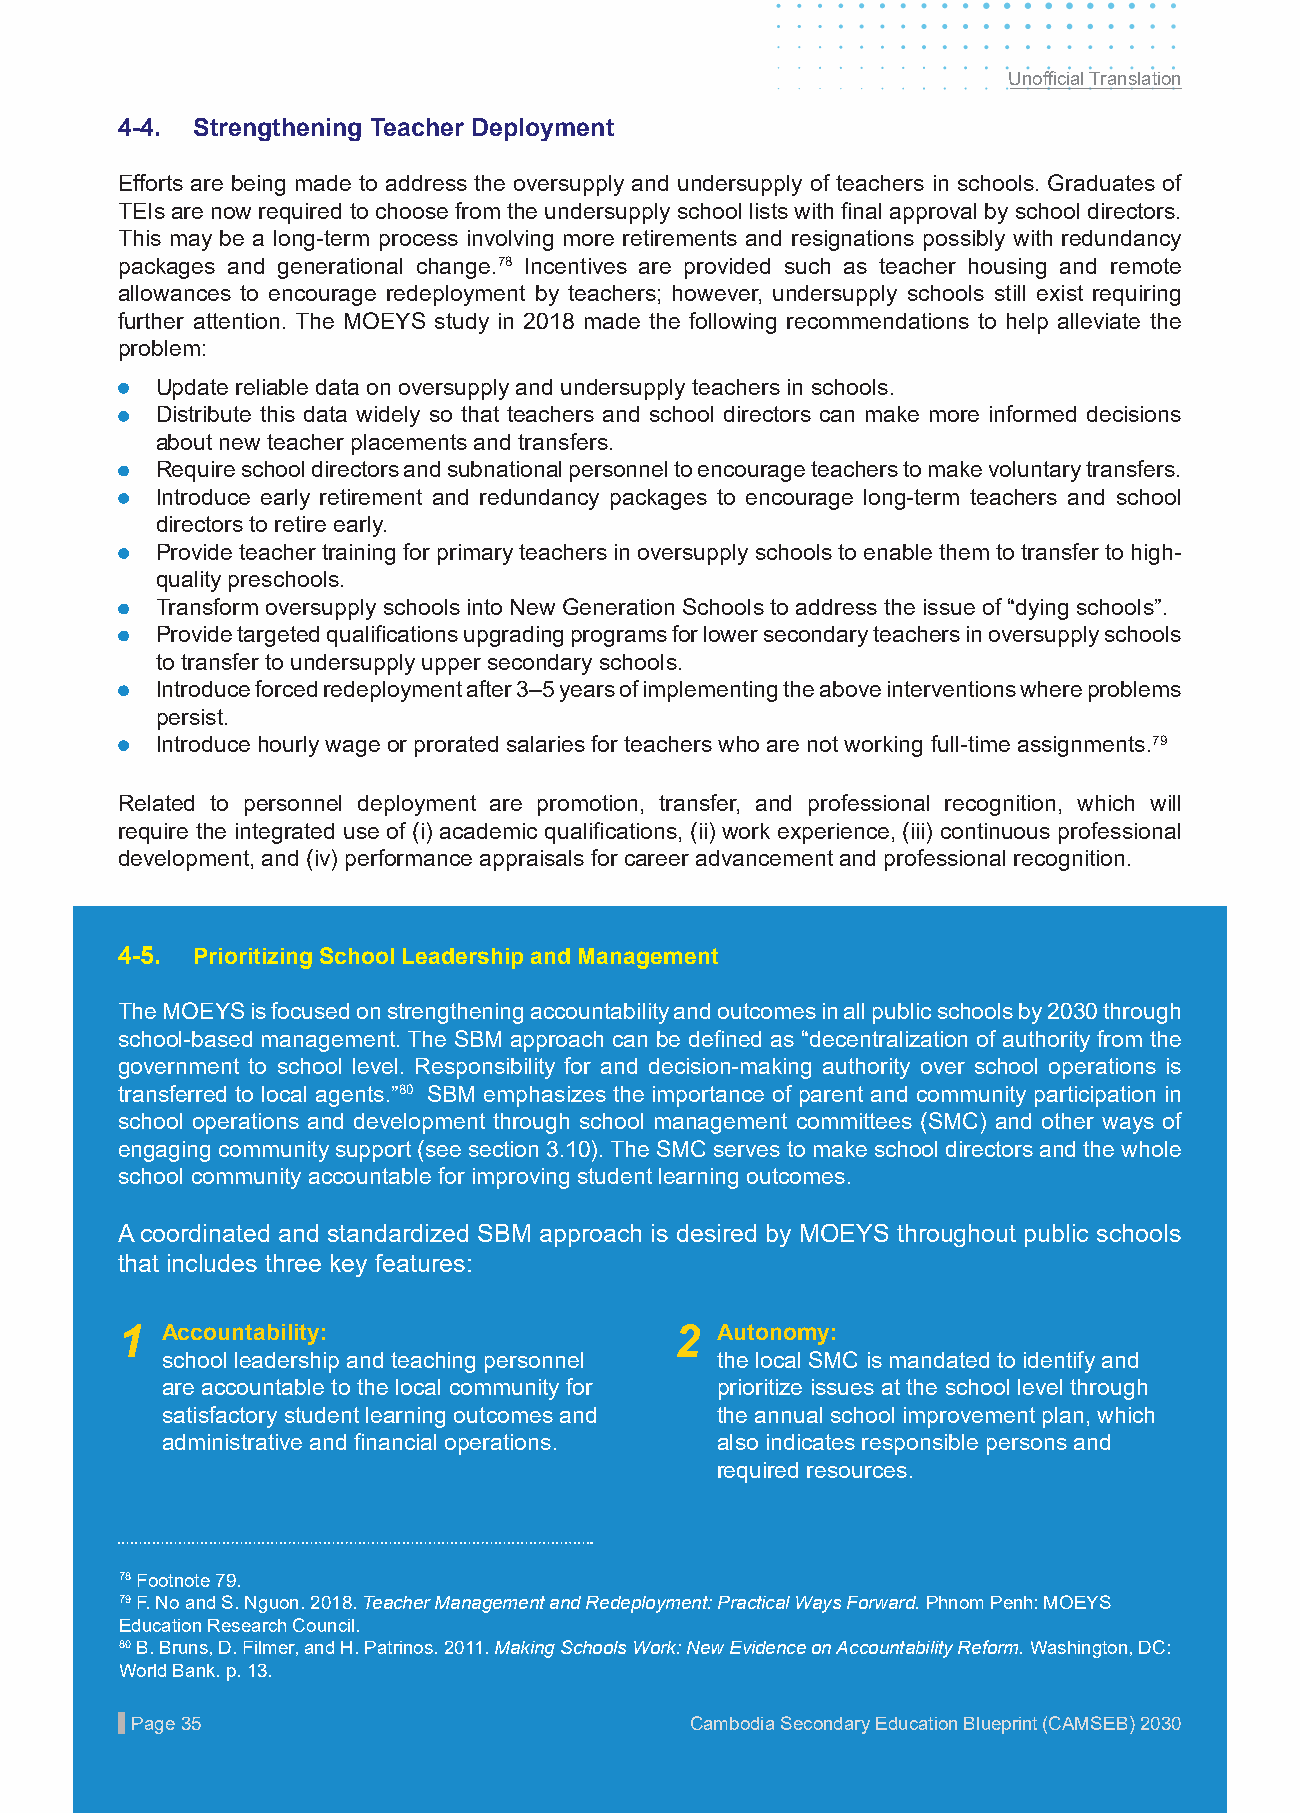
Unofficial Translation
 4-4. Strengthening Teacher Deployment
 Efforts are being made to address the oversupply and undersupply of teachers in schools. Graduates of
 TEIs are now required to choose from the undersupply school lists with final approval by school directors.
 This may be a long-term process involving more retirements and resignations possibly with redundancy
 packages and generational change.78 Incentives are provided such as teacher housing and remote
 allowances to encourage redeployment by teachers; however, undersupply schools still exist requiring
 further attention. The MOEYS study in 2018 made the following recommendations to help alleviate the
 problem:
 • Update reliable data on oversupply and undersupply teachers in schools.
 • Distribute this data widely so that teachers and school directors can make more informed decisions
 about new teacher placements and transfers.
 • Require school directors and subnational personnel to encourage teachers to make voluntary transfers.
 Introduce early retirement and redundancy packages to encourage long-term teachers and school
 directors to retire early.
 • Provide teacher training for primary teachers in oversupply schools to enable them to transfer to high-
 quality preschools.
 • Transform oversupply schools into New Generation Schools to address the issue of “dying schools”.
 • Provide targeted qualifications upgrading programs for lower secondary teachers in oversupply schools
 to transfer to undersupply upper secondary schools.
 • Introduce forced redeployment after 3–5 years of implementing the above interventions where problems
 persist.
 • Introduce hourly wage or prorated salaries for teachers who are not working full-time assignments.79
 Related to personnel deployment are promotion, transfer, and professional recognition, which will
 require the integrated use of (i) academic qualifications, (ii) work experience, (iii) continuous professional
 development, and (iv) performance appraisals for career advancement and professional recognition.
 4-5. Prioritizing School Leadership and Management
 The MOEYS is focused on strengthening accountability and outcomes in all public schools by 2030 through
 school-based management. The SBM approach can be defined as “decentralization of authority from the
 government to school level. Responsibility for and decision-making authority over school operations is
 transferred to local agents.”80 SBM emphasizes the importance of parent and community participation in
 school operations and development through school management committees (SMC) and other ways of
 engaging community support (see section 3.10). The SMC serves to make school directors and the whole
 school community accountable for improving student learning outcomes.
 A coordinated and standardized SBM approach is desired by MOEYS throughout public schools
 that includes three key features:
 1  Accountability:                   2 Autonomy:
 school leadership and teaching personnel the local SMC is mandated to identify and
 are accountable to the local community for prioritize issues at the school level through
 satisfactory student learning outcomes and the annual school improvement plan, which
 administrative and financial operations. also indicates responsible persons and
 required resources.
 78 Footnote 79.
 79 F. No and S. Nguon. 2018. Teacher Management and Redeployment: Practical Ways Forward. Phnom Penh: MOEYS
 Education Research Council.
 80 B. Bruns, D. Filmer, and H. Patrinos. 2011. Making Schools Work: New Evidence on Accountability Reform. Washington, DC:
 World Bank. p. 13.
 PPaaggee 3355                        CCaammbbooddiiaa SSeeccoonnddaarryy EEdduuccaattiioonn BBlluueepprriinntt ((CCAAMMSSEEBB)) 22003300